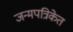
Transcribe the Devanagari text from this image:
जन्मपत्रिकेत